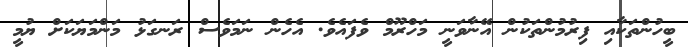
ބީހުންތަކާއި ފިރުމުންތަކުން އޭނާވަނީ މަހްރޫމް ވެފައެވެ. އެހެން ނަމަވެސް ރަނގަޅު މަންމަޔަކަށް ޔުމީ